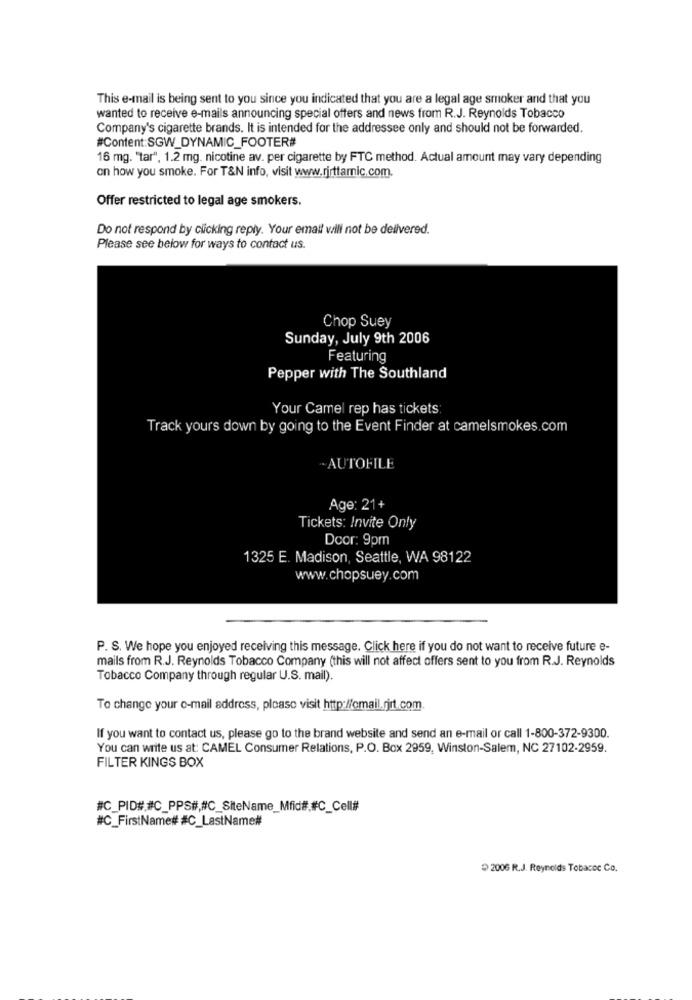
This e-mail is being sent to you since you indicated that you are a legal age smoker and that you
wanted to receive e-mails announcing special offers and news from R.J. Reynolds Tobacco
Company's cigarette brands. It is intended for the addressee only and should not be forwarded.
#Content:SGW_DYNAMIC_FOOTER#
16 mg. "tar", 1.2 mg. nicotine av. per cigarette by FTC method. Actual amount may vary depending
on how you smoke. For T&N info, visit www.rjrttamnic.com.
Offer restricted to legal age smokers.
Do not respond by clicking reply. Your email will not be delivered.
Please see below for ways to contact us.
Chop Suey
Sunday, July 9th 2006
Featuring
Pepper with The Southland
Your Camel rep has tickets:
Track yours down by going to the Event Finder at camelsmokes.com
-AUTOFILE
Age: 21+
Tickets: Invite Only
Door: 9pm
1325 E. Madison, Seattle, WA 98122
www.chopsuey.com
P. S. We hope you enjoyed receiving this message. Click here if you do not want to receive future e-
mails from R.J. Reynolds Tobacco Company (this will not affect offers sent to you from R.J. Reynolds
Tobacco Company through regular U.S. mail).
To change your e-mail address, please visit http://email.rjrt.com.
If you want to contact us, please go to the brand website and send an e-mail or call 1-800-372-9300.
You can write us at: CAMEL Consumer Relations, P.O. Box 2959, Winston-Salem, NC 27102-2959.
FILTER KINGS BOX
#C_PID# #C_PPS#,#C_SiteName_Mfid#.#C_Cell#
#C_FirstName# #C_LastName#
2006 R.J. Reynolds Tobacoc Co.